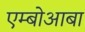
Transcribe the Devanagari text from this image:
एम्बोआबा